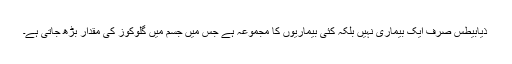
ذیابیطس صرف ایک بیماری نہیں‌ بلکہ کئی بیماریوں‌ کا مجموعہ ہے جس میں‌ جسم میں‌ گلوکوز کی مقدار بڑھ جاتی ہے۔